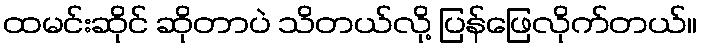
ထမင်းဆိုင် ဆိုတာပဲ သိတယ်လို့ ပြန်ဖြေလိုက်တယ်။